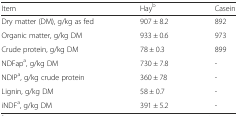
<table><thead><tr><td><b>Item</b></td><td><b>Hay<sup>b</sup></b></td><td><b>Casein</b></td></tr></thead><tbody><tr><td>Dry matter (DM), g/kg as fed</td><td>907 ± 8.2</td><td>892</td></tr><tr><td>Organic matter, g/kg DM</td><td>933 ± 0.6</td><td>973</td></tr><tr><td>Crude protein, g/kg DM</td><td>78 ± 0.3</td><td>899</td></tr><tr><td>NDFap<sup>a</sup>, g/kg DM</td><td>730 ± 7.8</td><td>-</td></tr><tr><td>NDIP<sup>a</sup>, g/kg crude protein</td><td>360 ± 78</td><td>-</td></tr><tr><td>Lignin, g/kg DM</td><td>58 ± 0.7</td><td>-</td></tr><tr><td>iNDF<sup>a</sup>, g/kg DM</td><td>391 ± 5.2</td><td>-</td></tr></tbody></table>